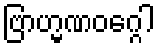
ဗြာဟ္မဏဝဂ္ဂေါ